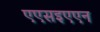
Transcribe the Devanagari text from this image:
एएसइएएन